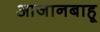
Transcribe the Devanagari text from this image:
आजानबाहू